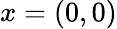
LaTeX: x=(0,0)